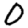
Digit: 0